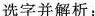
选字并解析：